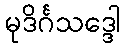
မုဒိင်္ဂသဒ္ဒေါ